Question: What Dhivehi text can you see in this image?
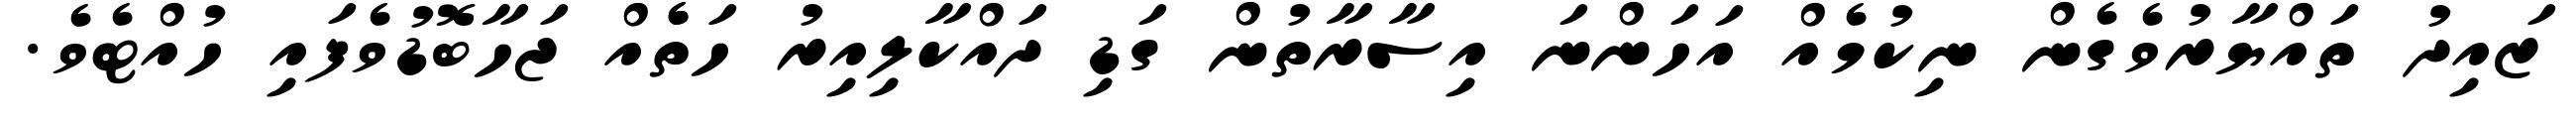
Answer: ޒައިދު ތައްޔާރުވެގެން ނިކުމެއް އަހަންނަ އިސާރާތުން ގަޑި ދައްކާލިއިރު ހަތެެއް ޖަހާބޮޑުވެފައި ހުއްޓެވެ.